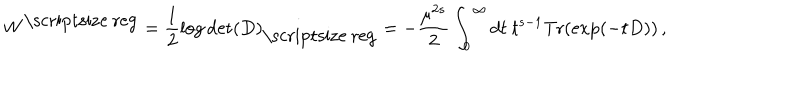
LaTeX: W ^ { \mathrm { \scriptsize ~ r e g } } = \frac 1 2 \log \det ( D ) _ { \mathrm { \scriptsize ~ r e g } } = - \frac { \mu ^ { 2 s } } { 2 } \int _ { 0 } ^ { \infty } d t ~ t ^ { s - 1 } \mathrm { T r } ( \exp ( - t D ) ) \, ,